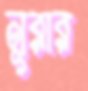
নূরার